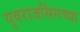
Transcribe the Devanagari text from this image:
युवराजसिंगच्या